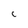
Character: C